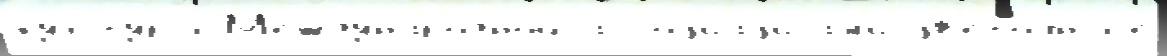
культу́ры М'еждунаро́дной ассоциа́циjам'и цв'ето́чныjе